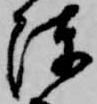
陳